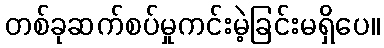
တစ်ခုဆက်စပ်မှုကင်းမဲ့ခြင်းမရှိပေ။